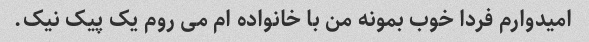
امیدوارم فردا خوب بمونه من با خانواده ام می روم یک پیک نیک.